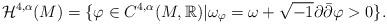
LaTeX: \begin{align*}\mathcal{H}^{4,\alpha}(M) = \{\varphi \in C^{4,\alpha}(M, \mathbb{R}) | \omega_{\varphi} = \omega + \sqrt{-1} \partial \bar{\partial} \varphi > 0\}.\end{align*}